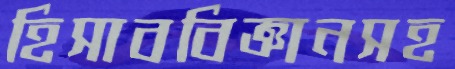
হিসাববিজ্ঞানসহ